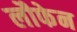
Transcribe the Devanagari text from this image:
लौफेन